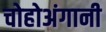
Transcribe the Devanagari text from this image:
चोहोअंगानी